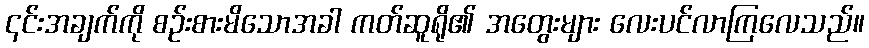
၎င်းအချက်ကို စဉ်းစားမိသောအခါ ကတ်ဆူရို၏ အတွေးများ လေးပင်လာကြလေသည်။